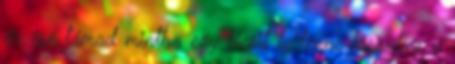
érzése támad mintha egy kicsit le lenne lassulva a